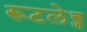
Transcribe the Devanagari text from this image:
रूटलेड्ज